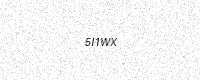
Text: 5I1WX